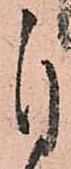
自